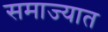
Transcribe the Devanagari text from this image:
समाज्यात